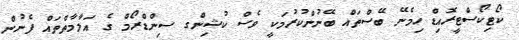
ކޯޓިކޯސްޓީރޮއިޑް ހިމެނޭ ބޭސްތައް ބޭނުންކުރުމަކީ ވެސް ކުޝިންގ ސިންޑްރޯމް ގެ އަލާމާތްތައް ފެނުން